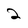
Character: 2